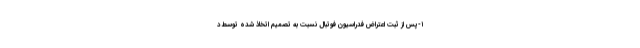
۱-پس از ثبت اعتراض فدراسیون فوتبال نسبت به تصمیم اتخاذ شده توسط د